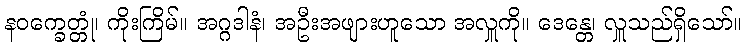
နဝက္ခေတ္တုံ၊ ကိုးကြိမ်။ အဂ္ဂဒါနံ၊ အဦးအဖျားဟူသော အလှူကို။ ဒေန္တေ၊ လှူသည်ရှိသော်။